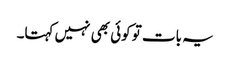
یہ بات تو کوئی بھی نہیں کہتا۔